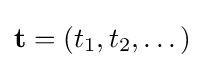
{\bf {t}}=(t_{1},t_{2},\dots )